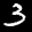
Label: 3